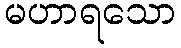
မဟာရသော